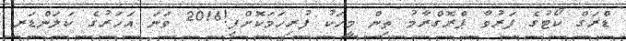
ޑްރަގް ކޯޓުގެ ފަރުވާ ޕްރޮގްރާމު ތިން މީހަކު ފުރިހަމަކޮށްފި!2016 ވަނަ އަހަރުގެ ކަލަންޑަރ